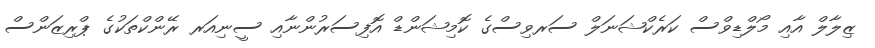
ޒިލާލް އާއި މޯލްޑިވްސް ކަރެކްޝަނަލް ސަރވިސްގެ ކޮމިޝަންޑް އޮފިސަރުންނާއި ސީނިއަރ ރޭންކްތަކުގެ ޕްރިޒަންސް